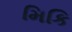
મિકિ